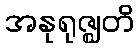
အနုရုဇ္ဈတိ